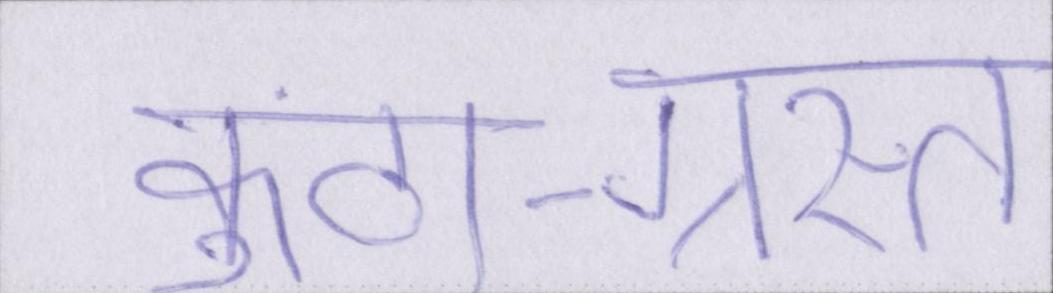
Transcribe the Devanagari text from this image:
कुंठा-ग्रस्त